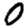
Digit: 0